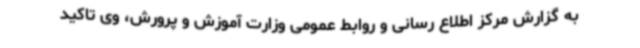
به گزارش مرکز اطلاع رسانی و روابط عمومی وزارت آموزش و پرورش، وی تاکید